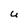
Character: U